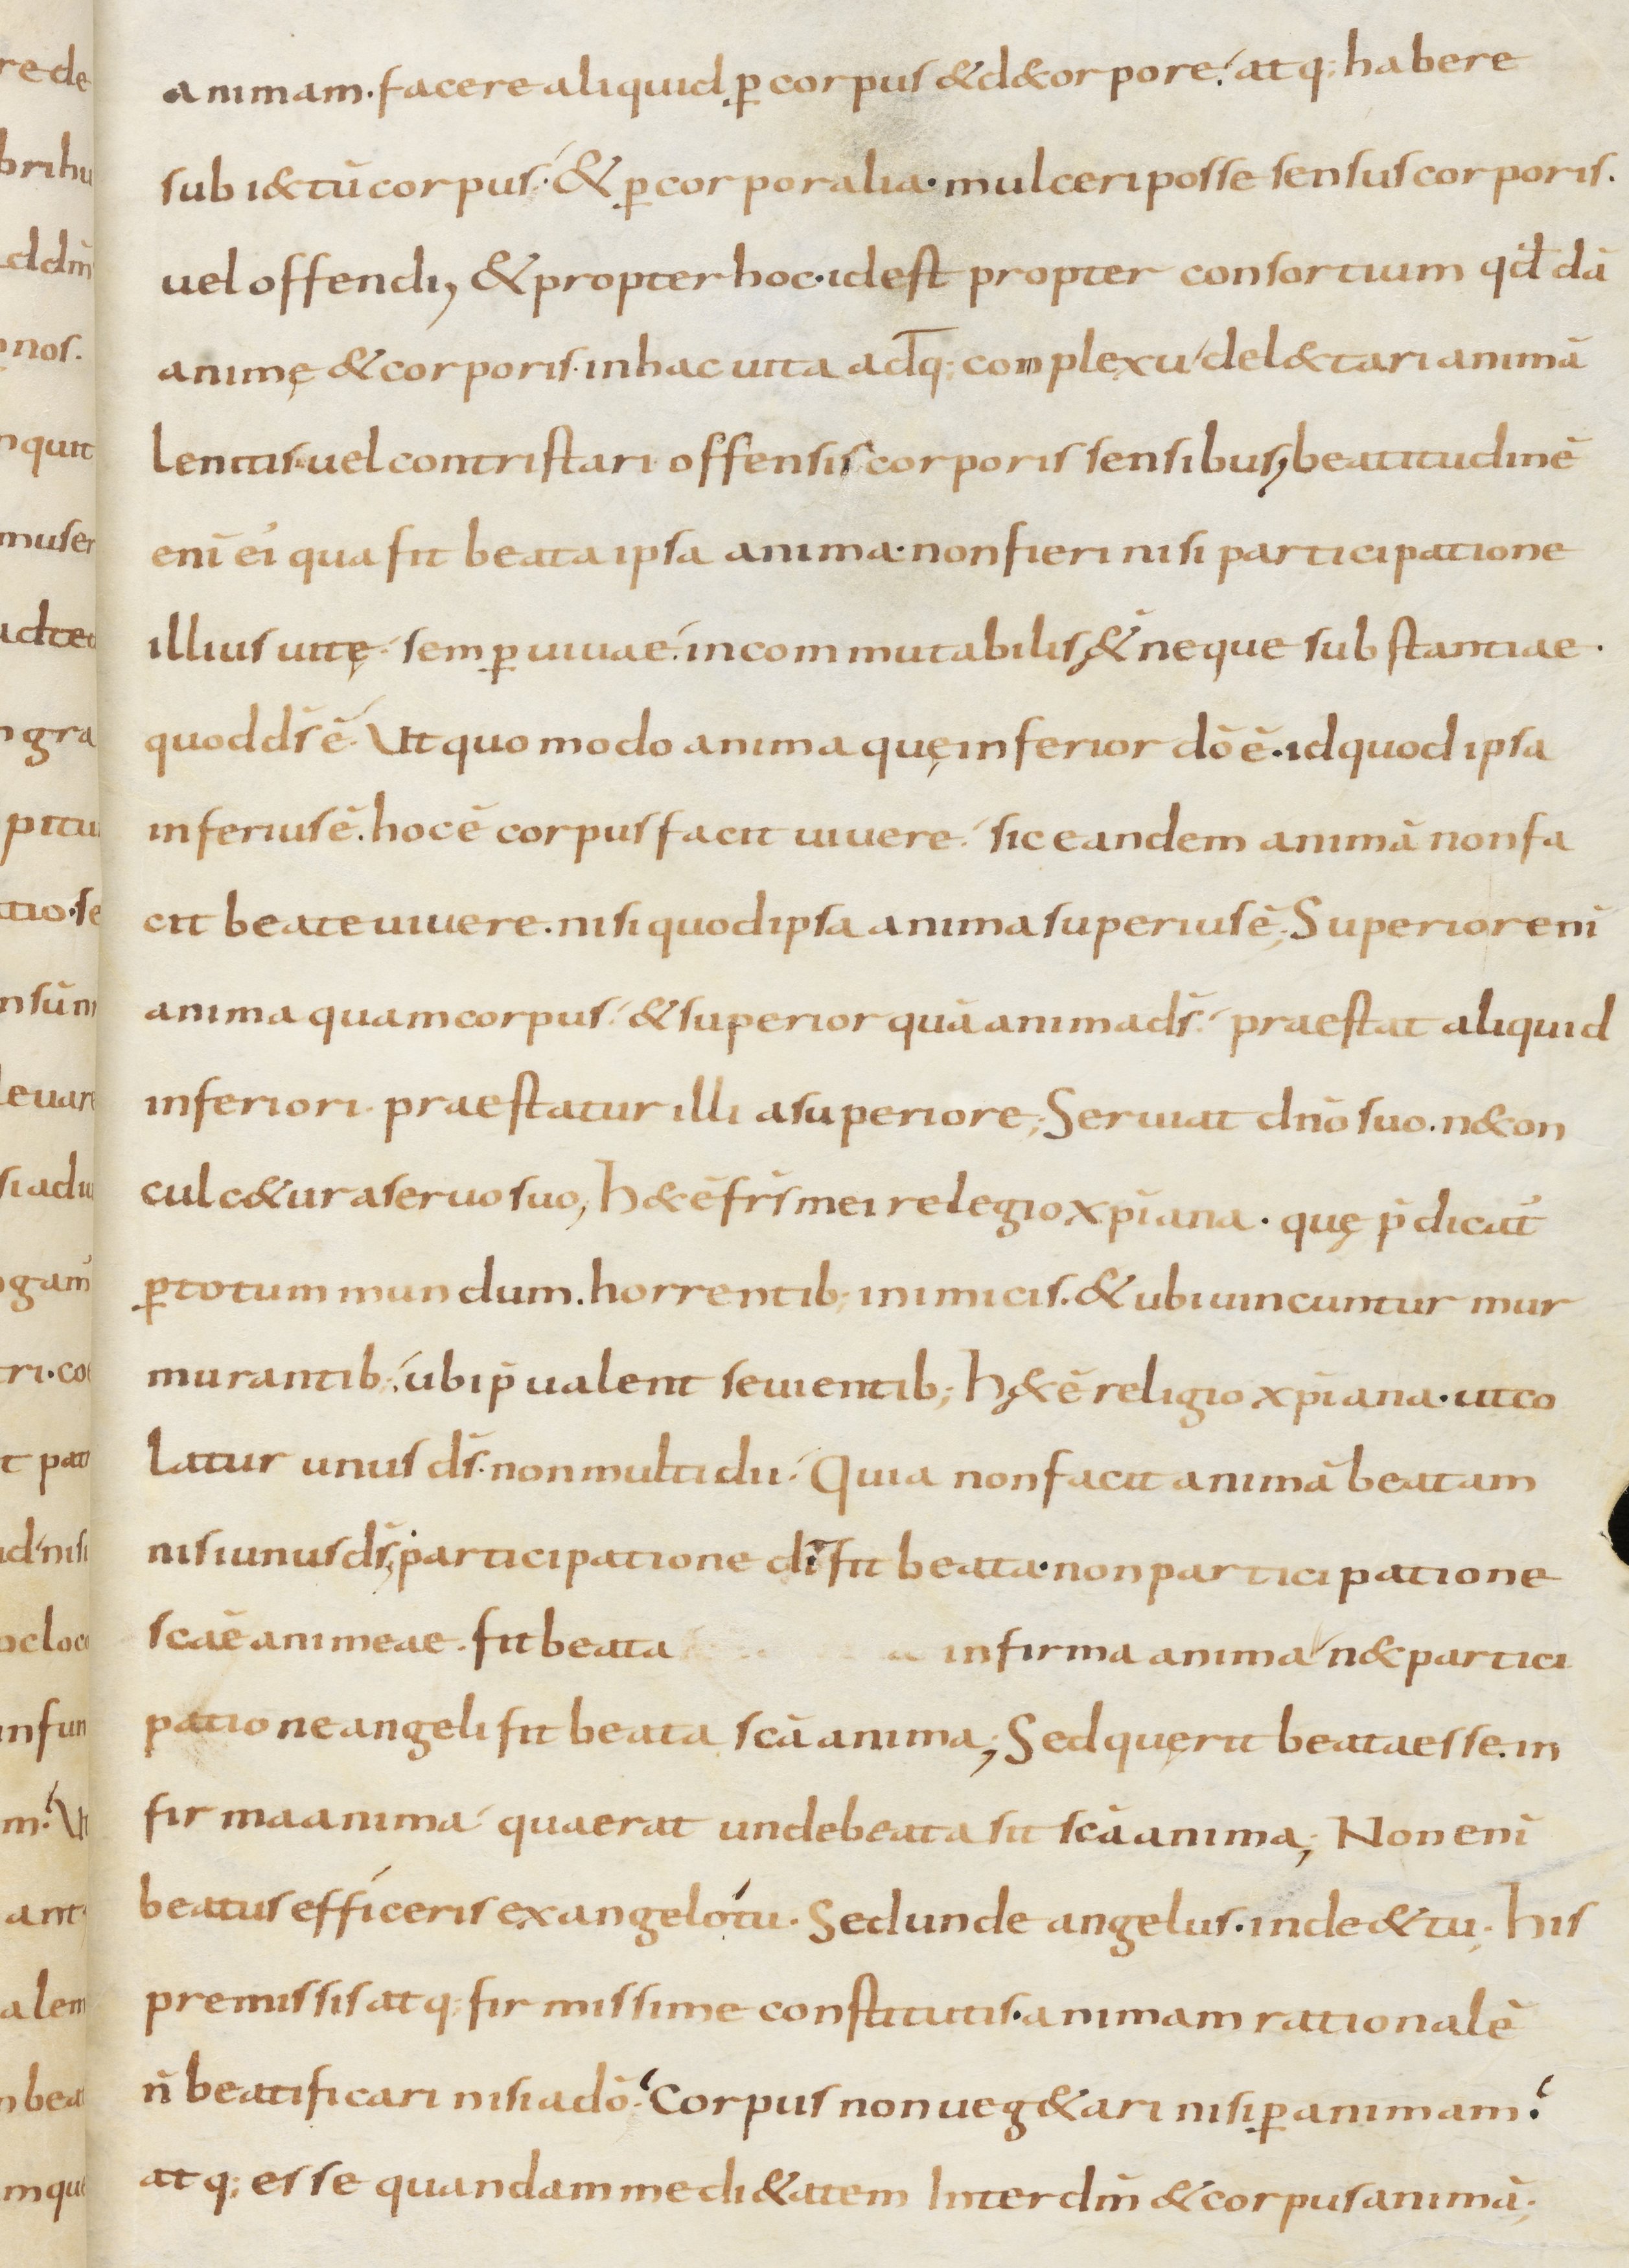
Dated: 800–899